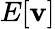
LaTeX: E[\mathbf{v}]